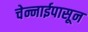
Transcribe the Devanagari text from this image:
चेन्नाईपासून